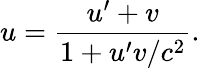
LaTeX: u={\frac{u^{\prime}+v}{1+u^{\prime}v/c^{2}}}.